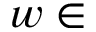
w \in